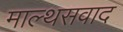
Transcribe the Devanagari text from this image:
माल्थसवाद